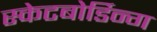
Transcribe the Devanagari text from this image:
स्केटबोर्डिन्ग